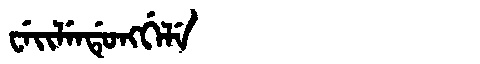
Manchu: ᠸᡝᡳᠯᡝᠨᡩᡠᠩᡤᡝᠯᡝ
Romanization: WEILENDUNGGELE